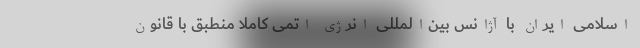
اسلامی ایران با آژانس بین‌المللی انرژی اتمی کاملاً منطبق با قانون